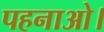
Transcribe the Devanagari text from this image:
पहनाओ।